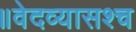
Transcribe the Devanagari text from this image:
॥वेदव्यासश्च